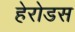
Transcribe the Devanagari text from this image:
हेरोडस